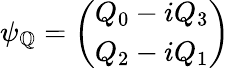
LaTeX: \psi_{\mathbb{Q}}=\left(\begin{array}{c}{{Q_{0}-iQ_{3}}}\\ {{Q_{2}-iQ_{1}}}\end{array}\right)